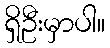
ရှိဦးမှာပါ။